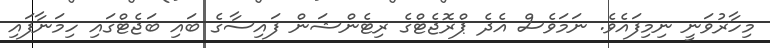
މިހާރުވަނީ ނިމިފައެވެ. ނަމަވެސް އެދެ ޕްރޮޖެޓްގެ ރިޓެންޝަން ފައިސާގެ ބައި ބަޖެޓްގައި ހިމަނާފައި